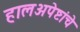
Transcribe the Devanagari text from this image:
हालअपेष्टांचे